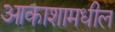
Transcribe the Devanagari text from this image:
आकाशामधील